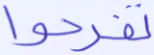
تفرحوا